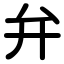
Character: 弁